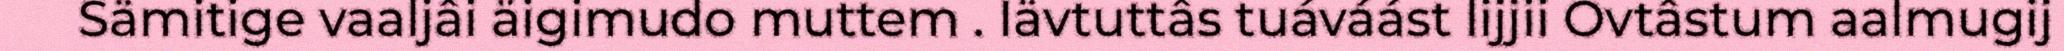
Sämitige vaaljâi äigimudo muttem . Iävtuttâs tuáváást lijjii Ovtâstum aalmugij